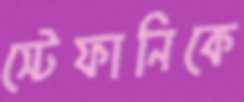
স্টেফানিকে